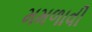
મમળાવી